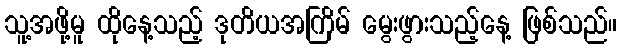
သူ့အဖို့မူ ထိုနေ့သည့် ဒုတိယအကြိမ် မွေးဖွားသည့်နေ့ ဖြစ်သည်။